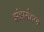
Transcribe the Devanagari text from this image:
झंडारोहण